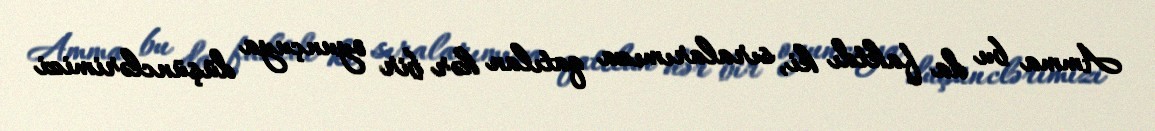
Amma bu da faktdı ki, sıralarımıza qatılan hər bir oyunçuya düşünclərimizi